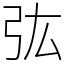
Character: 㢬